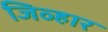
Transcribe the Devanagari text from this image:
जिव्हार